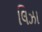
લિઝા